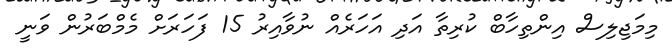
މިމަޖިލިސް އިންތިހާބް ކުރިތާ އަދި އަހަރެއް ނުވާއިރު 15 ފަހަރަށް މެމްބަރުން ވަނީ